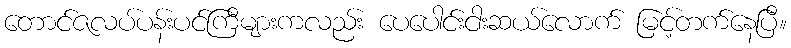
တောင်ဇလပ်ပန်းပင်ကြီများကလည်း ပေပေါင်းငါးဆယ်လောက် မြင့်တက်နေပြီ။